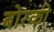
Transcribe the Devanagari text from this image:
बोरकी